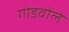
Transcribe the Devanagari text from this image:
गोडवोले